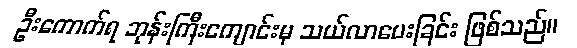
ဦးကောက်ရ ဘုန်းကြီးကျောင်းမှ သယ်လာပေးခြင်း ဖြစ်သည်။